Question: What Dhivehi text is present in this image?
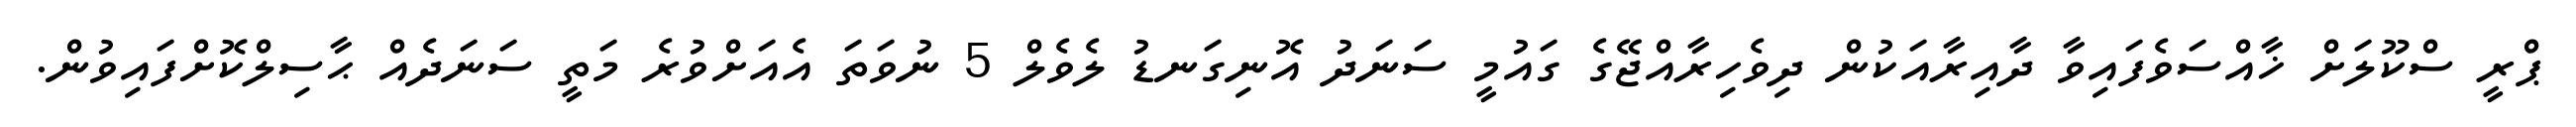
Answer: ޕްރީ ސްކޫލަށް ޚާއްސަވެފައިވާ ދާއިރާއަކުން ދިވެހިރާއްޖޭގެ ގައުމީ ސަނަދު އޮނިގަނޑު ލެވެލް 5 ނުވަތަ އެއަށްވުރެ މަތީ ސަނަދެއް ޙާސިލްކޮށްފައިވުން.